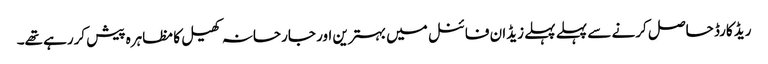
ریڈ کارڈ حاصل کرنے سے پہلے پہلے زیڈان فائنل میں بہترین اور جارحانہ کھیل کا مظاہرہ پیش کررہے تھے۔